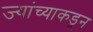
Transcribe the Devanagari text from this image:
ज्यांच्याकडून